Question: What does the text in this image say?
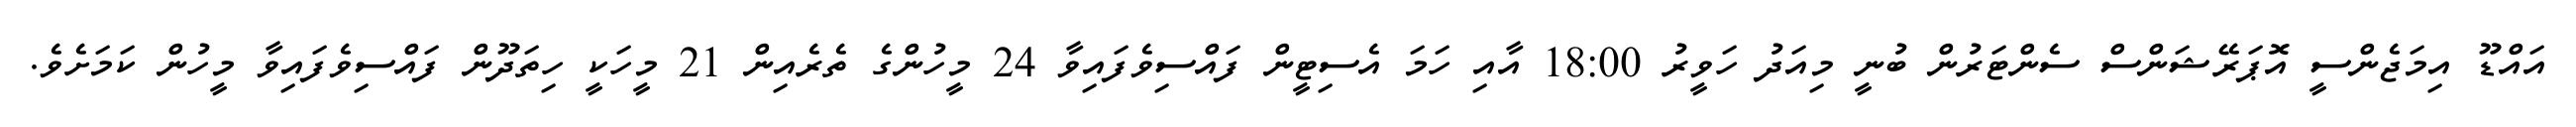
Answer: އައްޑޫ އިމަޖެންސީ އޮޕަރޭޝަންސް ސެންޓަރުން ބުނީ މިއަދު ހަވީރު 18:00 އާއި ހަމަ އެސިޓީން ފައްސިވެފައިވާ 24 މީހުންގެ ތެރެއިން 21 މީހަކީ ހިތަދޫން ފައްސިވެފައިވާ މީހުން ކަމަށެވެ.